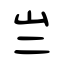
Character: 亗